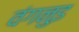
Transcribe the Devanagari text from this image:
वंगनुइ